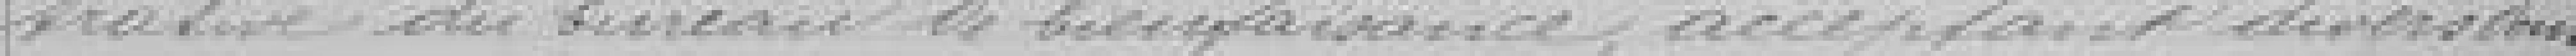
trative du bureau de bienfaisance acceptant divers dons